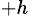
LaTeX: ^{+h}